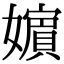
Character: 𡣕